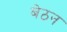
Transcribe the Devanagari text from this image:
बेठन